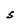
Character: 5